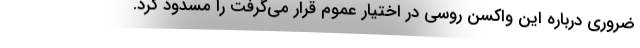
ضروری درباره این واکسن روسی در اختیار عموم قرار می‌گرفت را مسدود کرد.